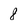
Character: 8